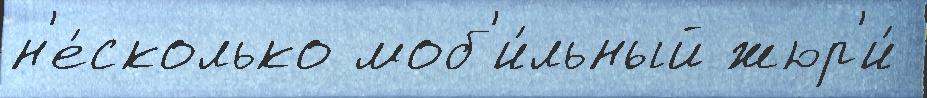
н'е́сколько моб'и́льный жюр'и́